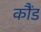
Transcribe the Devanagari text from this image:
कौंड